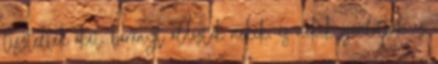
tisztelték őket, bárányt áldoztak nekik, és nekik ajánlották az